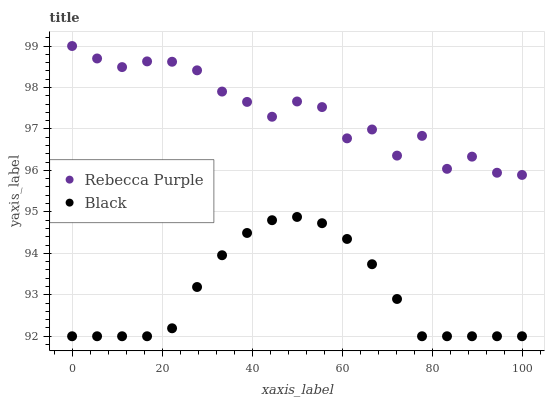
| xaxis_label | Rebecca Purple | Black |
 | --- | --- | --- |
 | 0 | 99 | 92 |
 | 5.56 | 98.7 | 92 |
 | 11.1 | 98.5 | 92 |
 | 16.7 | 98.6 | 92 |
 | 22.2 | 98.6 | 92.2 |
 | 27.8 | 98.4 | 93.2 |
 | 33.3 | 97.9 | 94 |
 | 38.9 | 97.7 | 94.5 |
 | 44.4 | 97.3 | 94.8 |
 | 50 | 97.7 | 94.9 |
 | 55.6 | 97.5 | 94.7 |
 | 61.1 | 96.8 | 94.3 |
 | 66.7 | 97 | 93.7 |
 | 72.2 | 96.4 | 92.9 |
 | 77.8 | 96.8 | 92 |
 | 83.3 | 96 | 92 |
 | 88.9 | 96.3 | 92 |
 | 94.4 | 95.9 | 92 |
 | 100 | 95.9 | 92 |